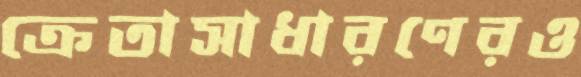
ক্রেতাসাধারণেরও